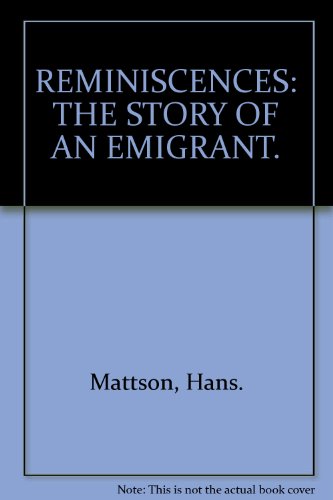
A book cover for Reminiscences: The story of an emigrant; Hans Mattson; Travel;